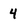
Character: 4